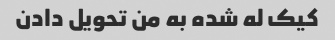
کیک له شده به من تحویل دادن